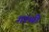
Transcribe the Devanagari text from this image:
गांथी